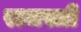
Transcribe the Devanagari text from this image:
राजस्त्री